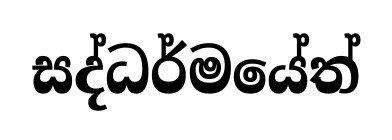
සද්ධර්මයේත්